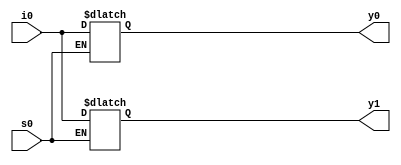
module dmux_1_2(
	input i0,
	input s0,
	output reg y0,
	output reg y1
);
	always@(i0 or s0) begin
		if(s0==0)
			y0=i0;
		else begin
			y1=i0;
		end
	end
endmodule